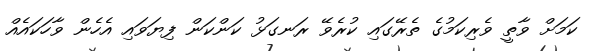
ކަމަށް ވާތީ ވެރިކަމުގެ ތެރޭގައި ކުރެވޭ ރަނގަޅު ކަންކަން ފިޔަވައި އެހެން ވާހަކައެއް